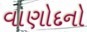
વાણોદનો